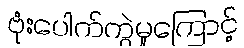
ဗုံးပေါက်ကွဲမှုကြောင့်